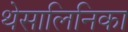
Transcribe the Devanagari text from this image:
थेसालिनिका